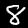
Label: 8